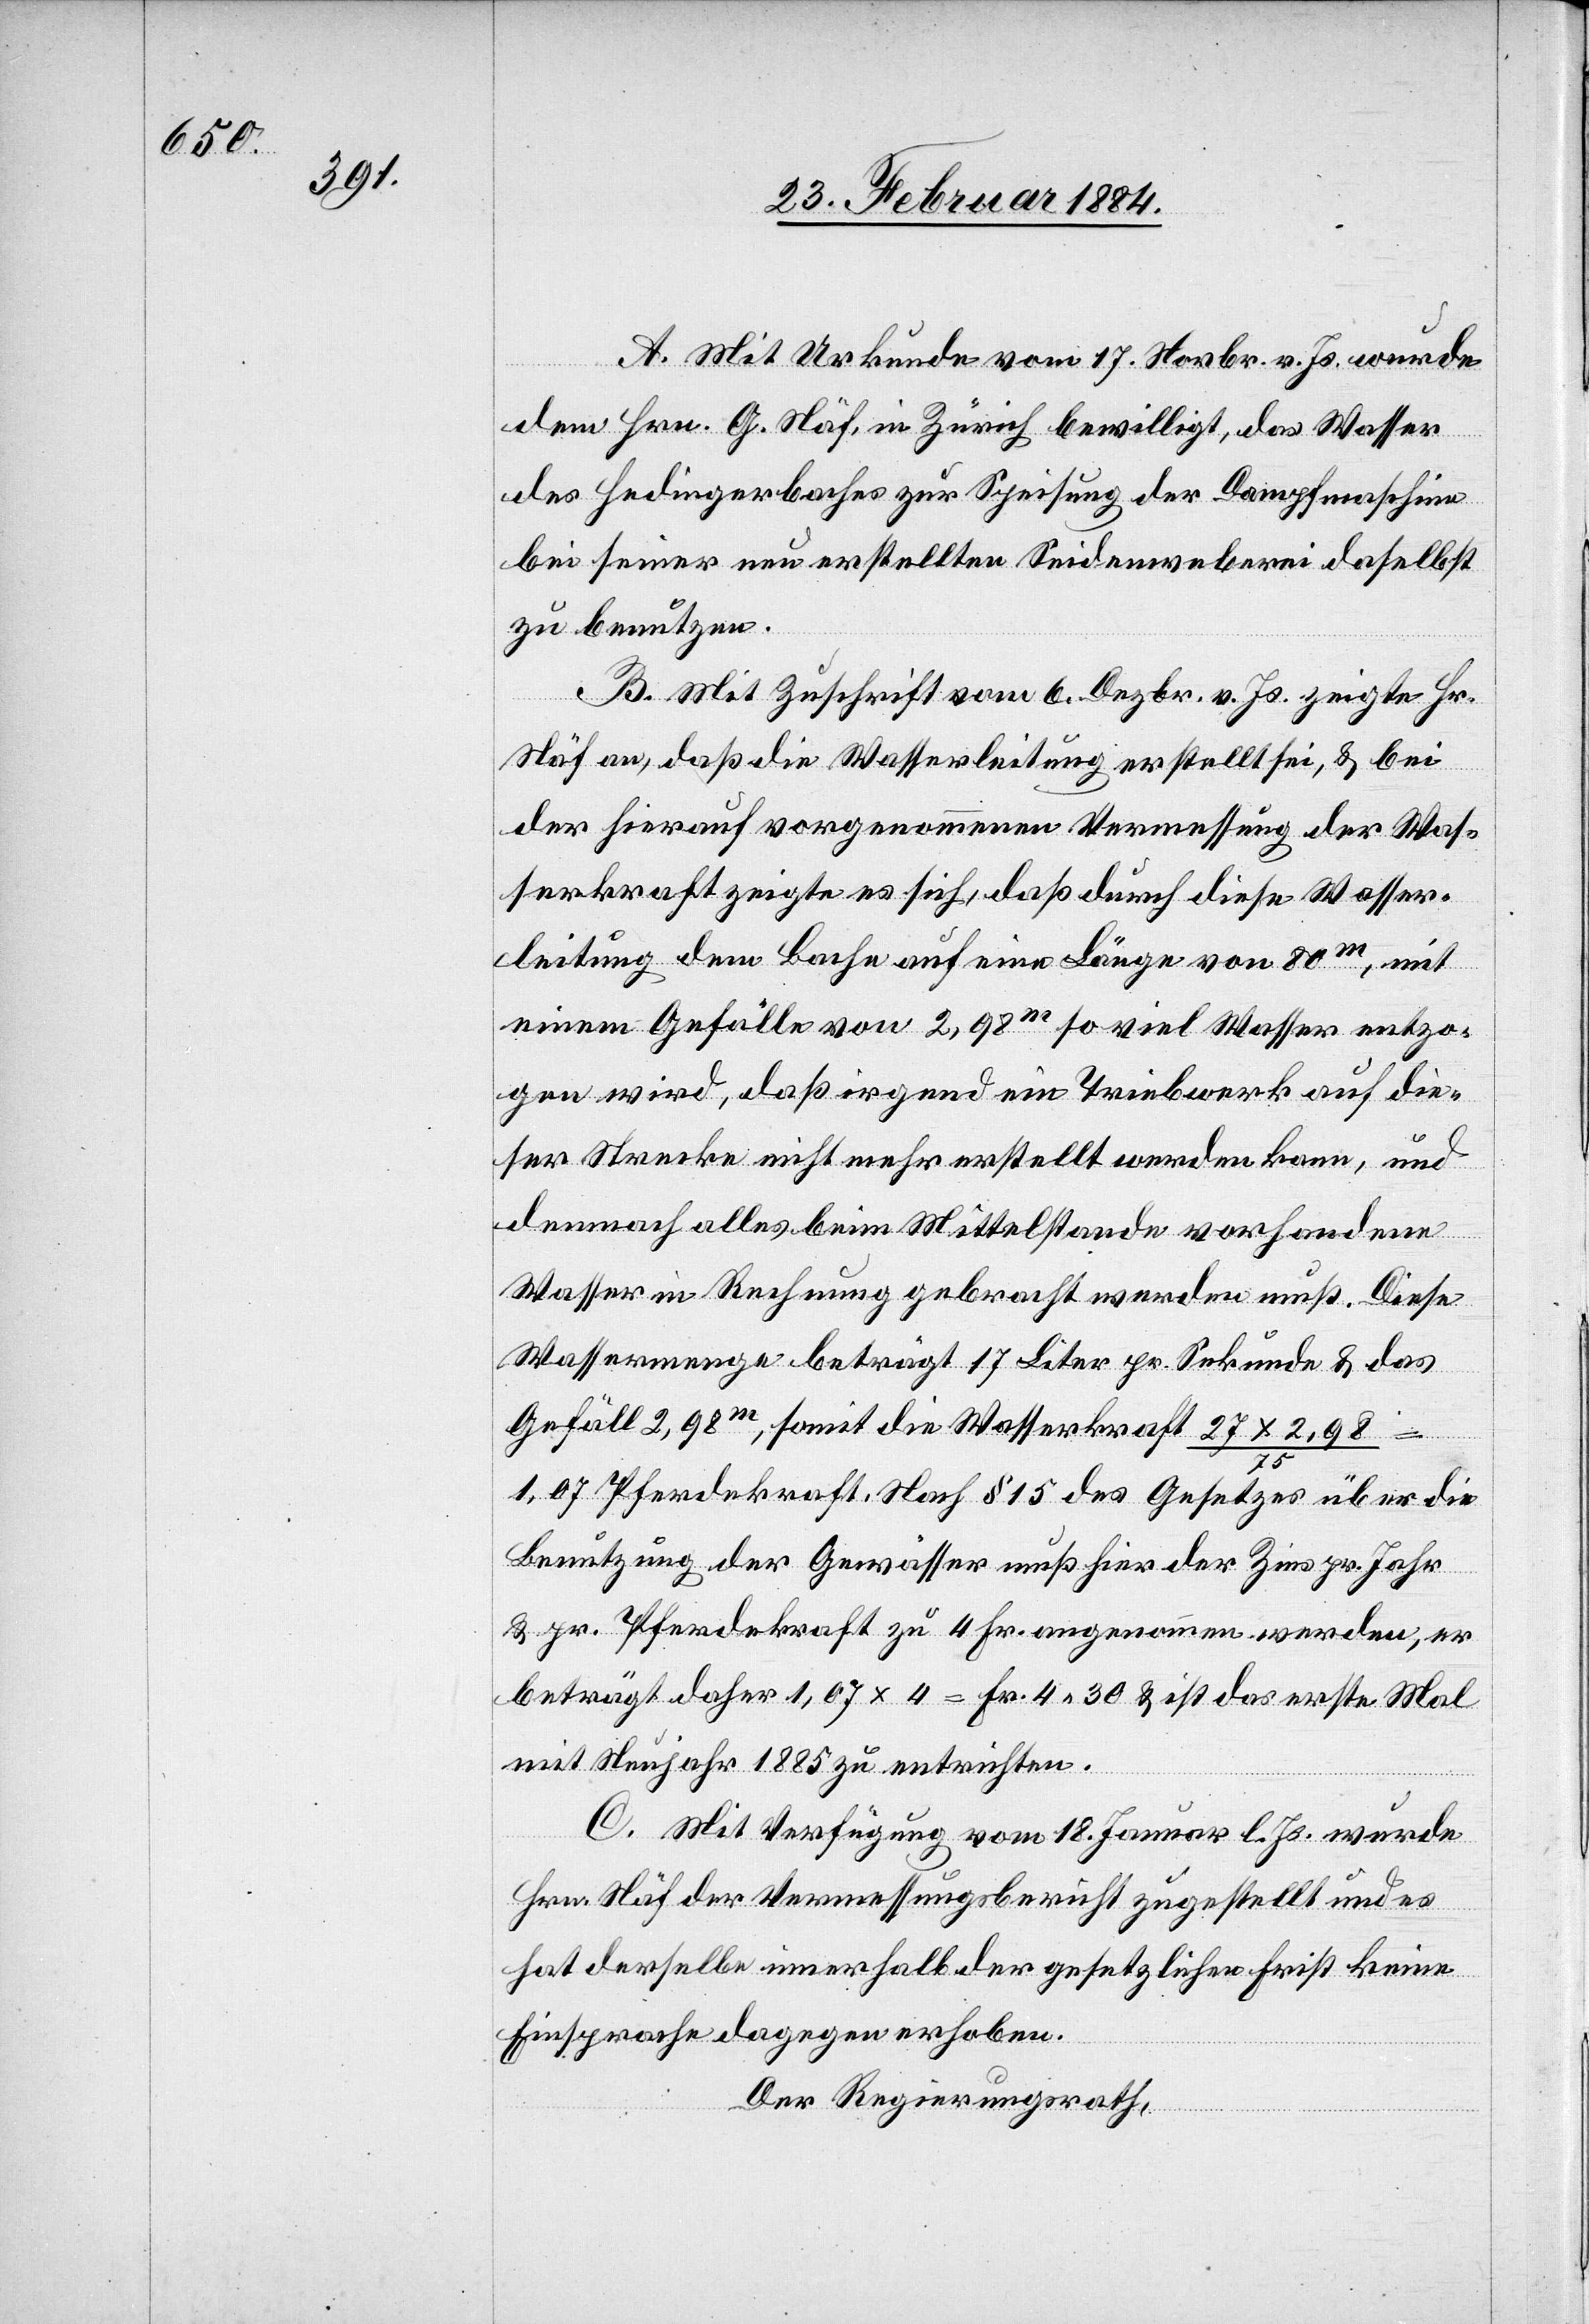
A. Mit Urkunde vom 17. Novbr. v. Js. wurde
dem Hrn. G. Näf, in Zürich, bewilligt, das Wasser
des Hedingerbaches zur Speisung der Dampfmaschine
bei seiner neu erstellten Seidenweberei daselbst
zu benutzen.
B. Mit Zuschrift vom 6. Dezbr. v. Js. zeigte Hr.
Näf an, daß die Wasserleitung erstellt sei, & bei
der hierauf vorgenommenen Vermessung der Was¬
serkraft zeigte es sich, daß durch diese Wasser¬
leitung dem Bache auf eine Länge von 80m, mit
einem Gefälle von 2,98m so viel Wasser entzo¬
gen wird, daß irgend ein Triebwerk auf die¬
ser Strecke nicht mehr erstellt werden kann, und
demnach alles beim Mittelstande vorhandene
Wasser in Rechnung gebracht werden muß. Diese
Wassermenge beträgt 17 Liter pr. Sekunde & das
Gefäll 2,98m, somit die Wasserkraft 27 x 2,98
75
1,07 Pferdekraft. Nach § 15 des Gesetzes über die
Benutzung der Gewässer muß hier der Zins pr. Jahr
& pr. Pferdekraft zu 4 Fr. angenommen werden, er
beträgt daher 1,07 x 4 = Fr. 4 30 & ist das erste Mal
mit Neujahr 1885 zu entrichten.
C. Mit Verfügung vom 18 Januar l. Js. wurde
Hrn. Näf der Vermessungsbericht zugestellt und es
hat derselbe innerhalb der gesetzlichen Frist keine
Einsprache dagegen erhoben.
Der Regierungsrath,